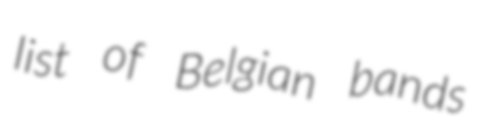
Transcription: list of Belgian bands